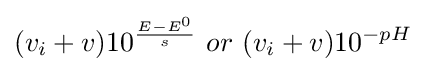
(v_{i}+v)10^{\frac {E-E^{0}}{s}}\ or\ (v_{i}+v)10^{-pH}